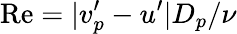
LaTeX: \mathrm{Re}=|v_{p}^{\prime}-u^{\prime}|D_{p}/\nu